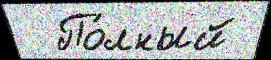
  По́лный